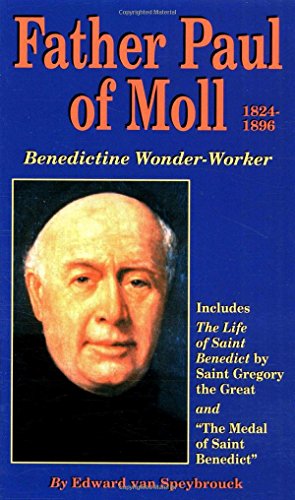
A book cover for Father Paul of Moll: Benedictine Wonder-Worker; Edward Van Speybrouck; Christian Books & Bibles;